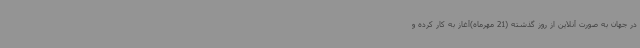
در جهان به صورت آنلاین از روز گذشته (21 مهرماه)آغاز به کار کرده و